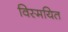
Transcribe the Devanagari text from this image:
विस्मयित